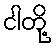
ငါတို့